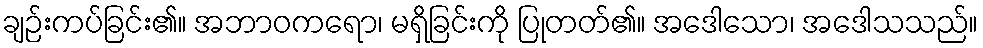
ချဉ်းကပ်ခြင်း၏။ အဘာဝကရော၊ မရှိခြင်းကို ပြုတတ်၏။ အဒေါသော၊ အဒေါသသည်။